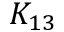
K _ { 1 3 }